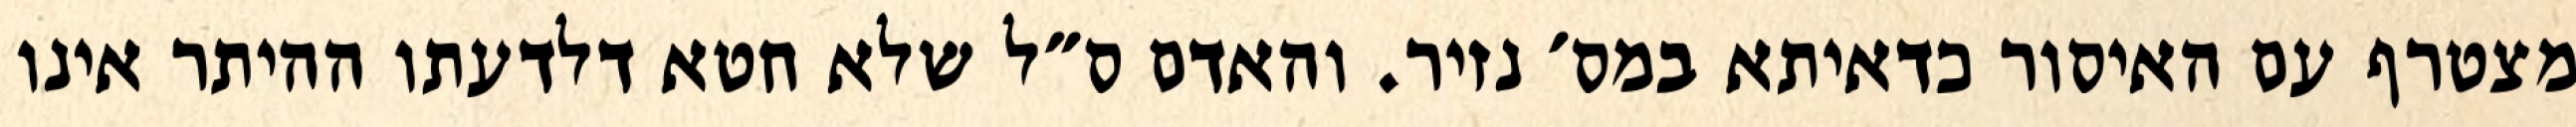
מצטרף עם האיסור כדאיתא במס׳ נזיר. והאדם ס״ל שלא חטא דלדעתו ההיתר אינו